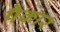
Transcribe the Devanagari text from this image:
पैकार